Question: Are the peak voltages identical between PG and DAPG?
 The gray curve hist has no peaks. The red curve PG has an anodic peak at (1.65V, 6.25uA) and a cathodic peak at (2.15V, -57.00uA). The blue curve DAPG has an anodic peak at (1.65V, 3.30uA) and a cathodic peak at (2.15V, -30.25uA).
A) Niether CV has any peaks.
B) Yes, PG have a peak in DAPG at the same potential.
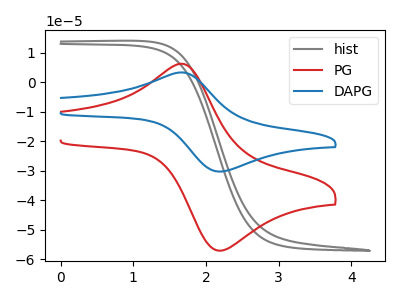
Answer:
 <answer>B) Yes, "PG" have a peak in "DAPG" at the same potential.</answer>
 <eval>B</eval>